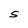
Character: S